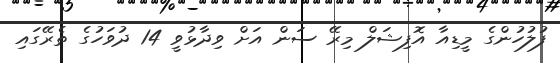
ފުލުހުންގެ މީޑިއާ އޮފިޝަލް މިރޭ ސަން އަށް ވިދާޅުވީ 14 ދުވަހުގެ ތެރޭގައި